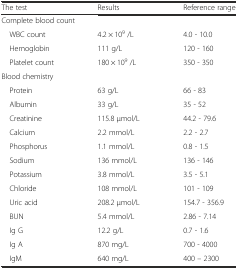
| The test | Results | Reference range |
 | --- | --- | --- |
 | <COLSPAN=3> Complete blood count |
 | WBC count | 4.2 × 109 /L | 4.0 - 10.0 |
 | Hemoglobin | 111 g/L | 120 - 160 |
 | Platelet count | 180 × 109 /L | 350 - 350 |
 | <COLSPAN=3> Blood chemistry |
 | Protein | 63 g/L | 66 - 83 |
 | Albumin | 33 g/L | 35 - 52 |
 | Creatinine | 115.8 μmol/L | 44.2 - 79.6 |
 | Calcium | 2.2 mmol/L | 2.2 - 2.7 |
 | Phosphorus | 1.1 mmol/L | 0.8 - 1.5 |
 | Sodium | 136 mmol/L | 136 - 146 |
 | Potassium | 3.8 mmol/L | 3.5 - 5.1 |
 | Chloride | 108 mmol/L | 101 - 109 |
 | Uric acid | 208.2 μmol/L | 154.7 - 356.9 |
 | BUN | 5.4 mmol/L | 2.86 - 7.14 |
 | Ig G | 12.2 g/L | 0.7 - 1.6 |
 | Ig A | 870 mg/L | 700 - 4000 |
 | IgM | 640 mg/L | 400 – 2300 |